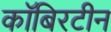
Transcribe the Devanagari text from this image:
कॉबिरटीन